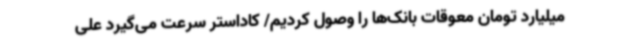
میلیارد تومان معوقات بانک‌ها را وصول کردیم/ کاداستر سرعت می‌گیرد علی